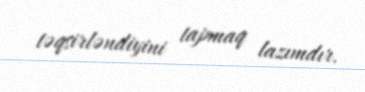
təqsirləndiyini tapmaq lazımdır.